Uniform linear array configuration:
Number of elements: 16
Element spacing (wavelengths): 1
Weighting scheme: exponential
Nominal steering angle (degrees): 30
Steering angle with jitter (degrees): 29.363
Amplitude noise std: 0.05
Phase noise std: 0.05

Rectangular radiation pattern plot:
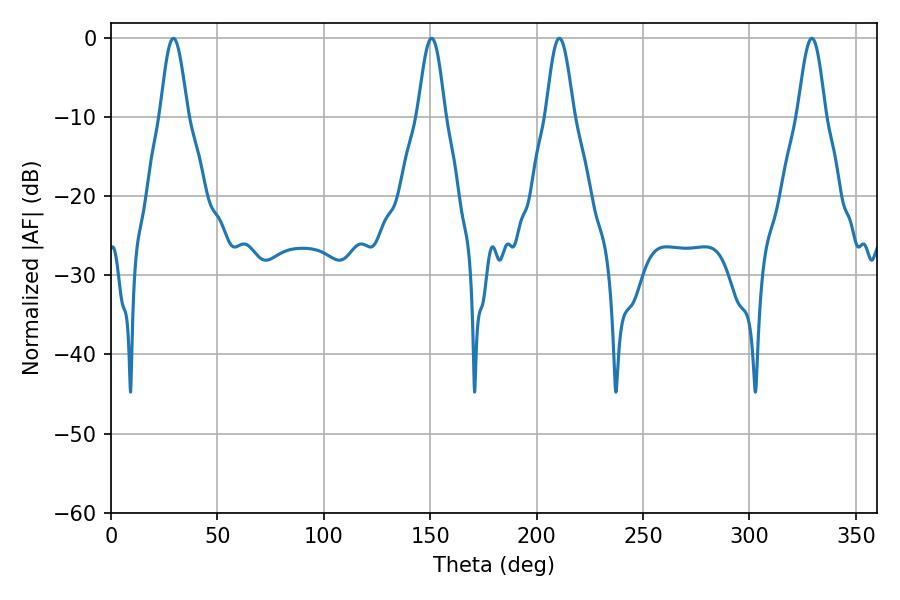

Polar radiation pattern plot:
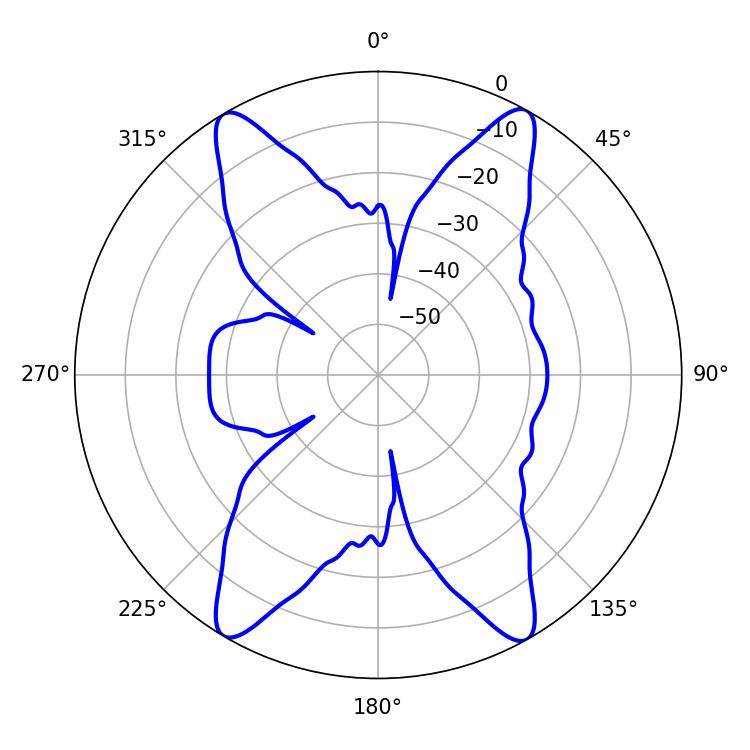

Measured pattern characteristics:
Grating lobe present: TRUE
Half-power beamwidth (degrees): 6.84
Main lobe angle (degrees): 29.34